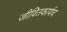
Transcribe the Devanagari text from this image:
जीवितकार्यच